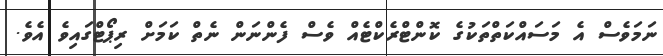
ނަމަވެސް އެ މަސައްކަތްތަކުގެ ކޮންޓްރެކްޓެއް ވެސް ފެންނަން ނެތް ކަމަށް ރިޕޯޓްގައިވެ އެވެ.